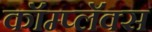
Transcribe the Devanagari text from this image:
कॉम्प्लॅक्स